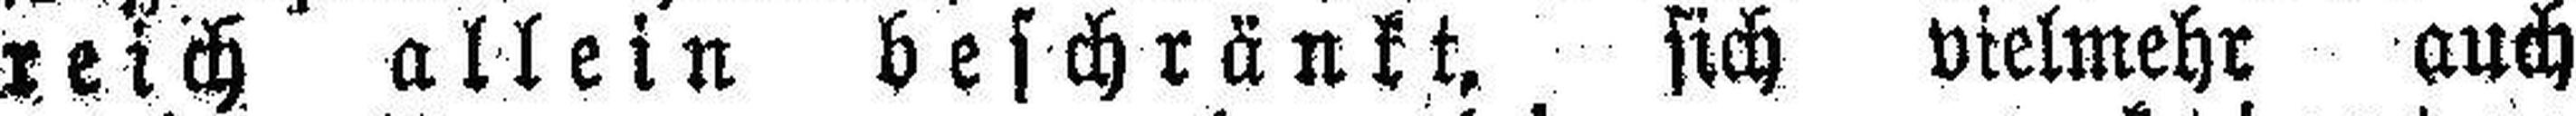
reich allein beschränkt, sich vielmehr auch